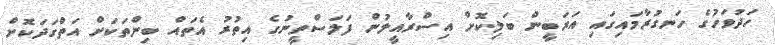
ހަދުވަހުގެ ހަނގުރާމައިގައި އަރަބީން ބަލިކޮށް އިސްރާއީލުން ފަލަސްތީނުގެ އިތުރު އެތައް ބިންތަކަށް އަތްގަދަކޮށް